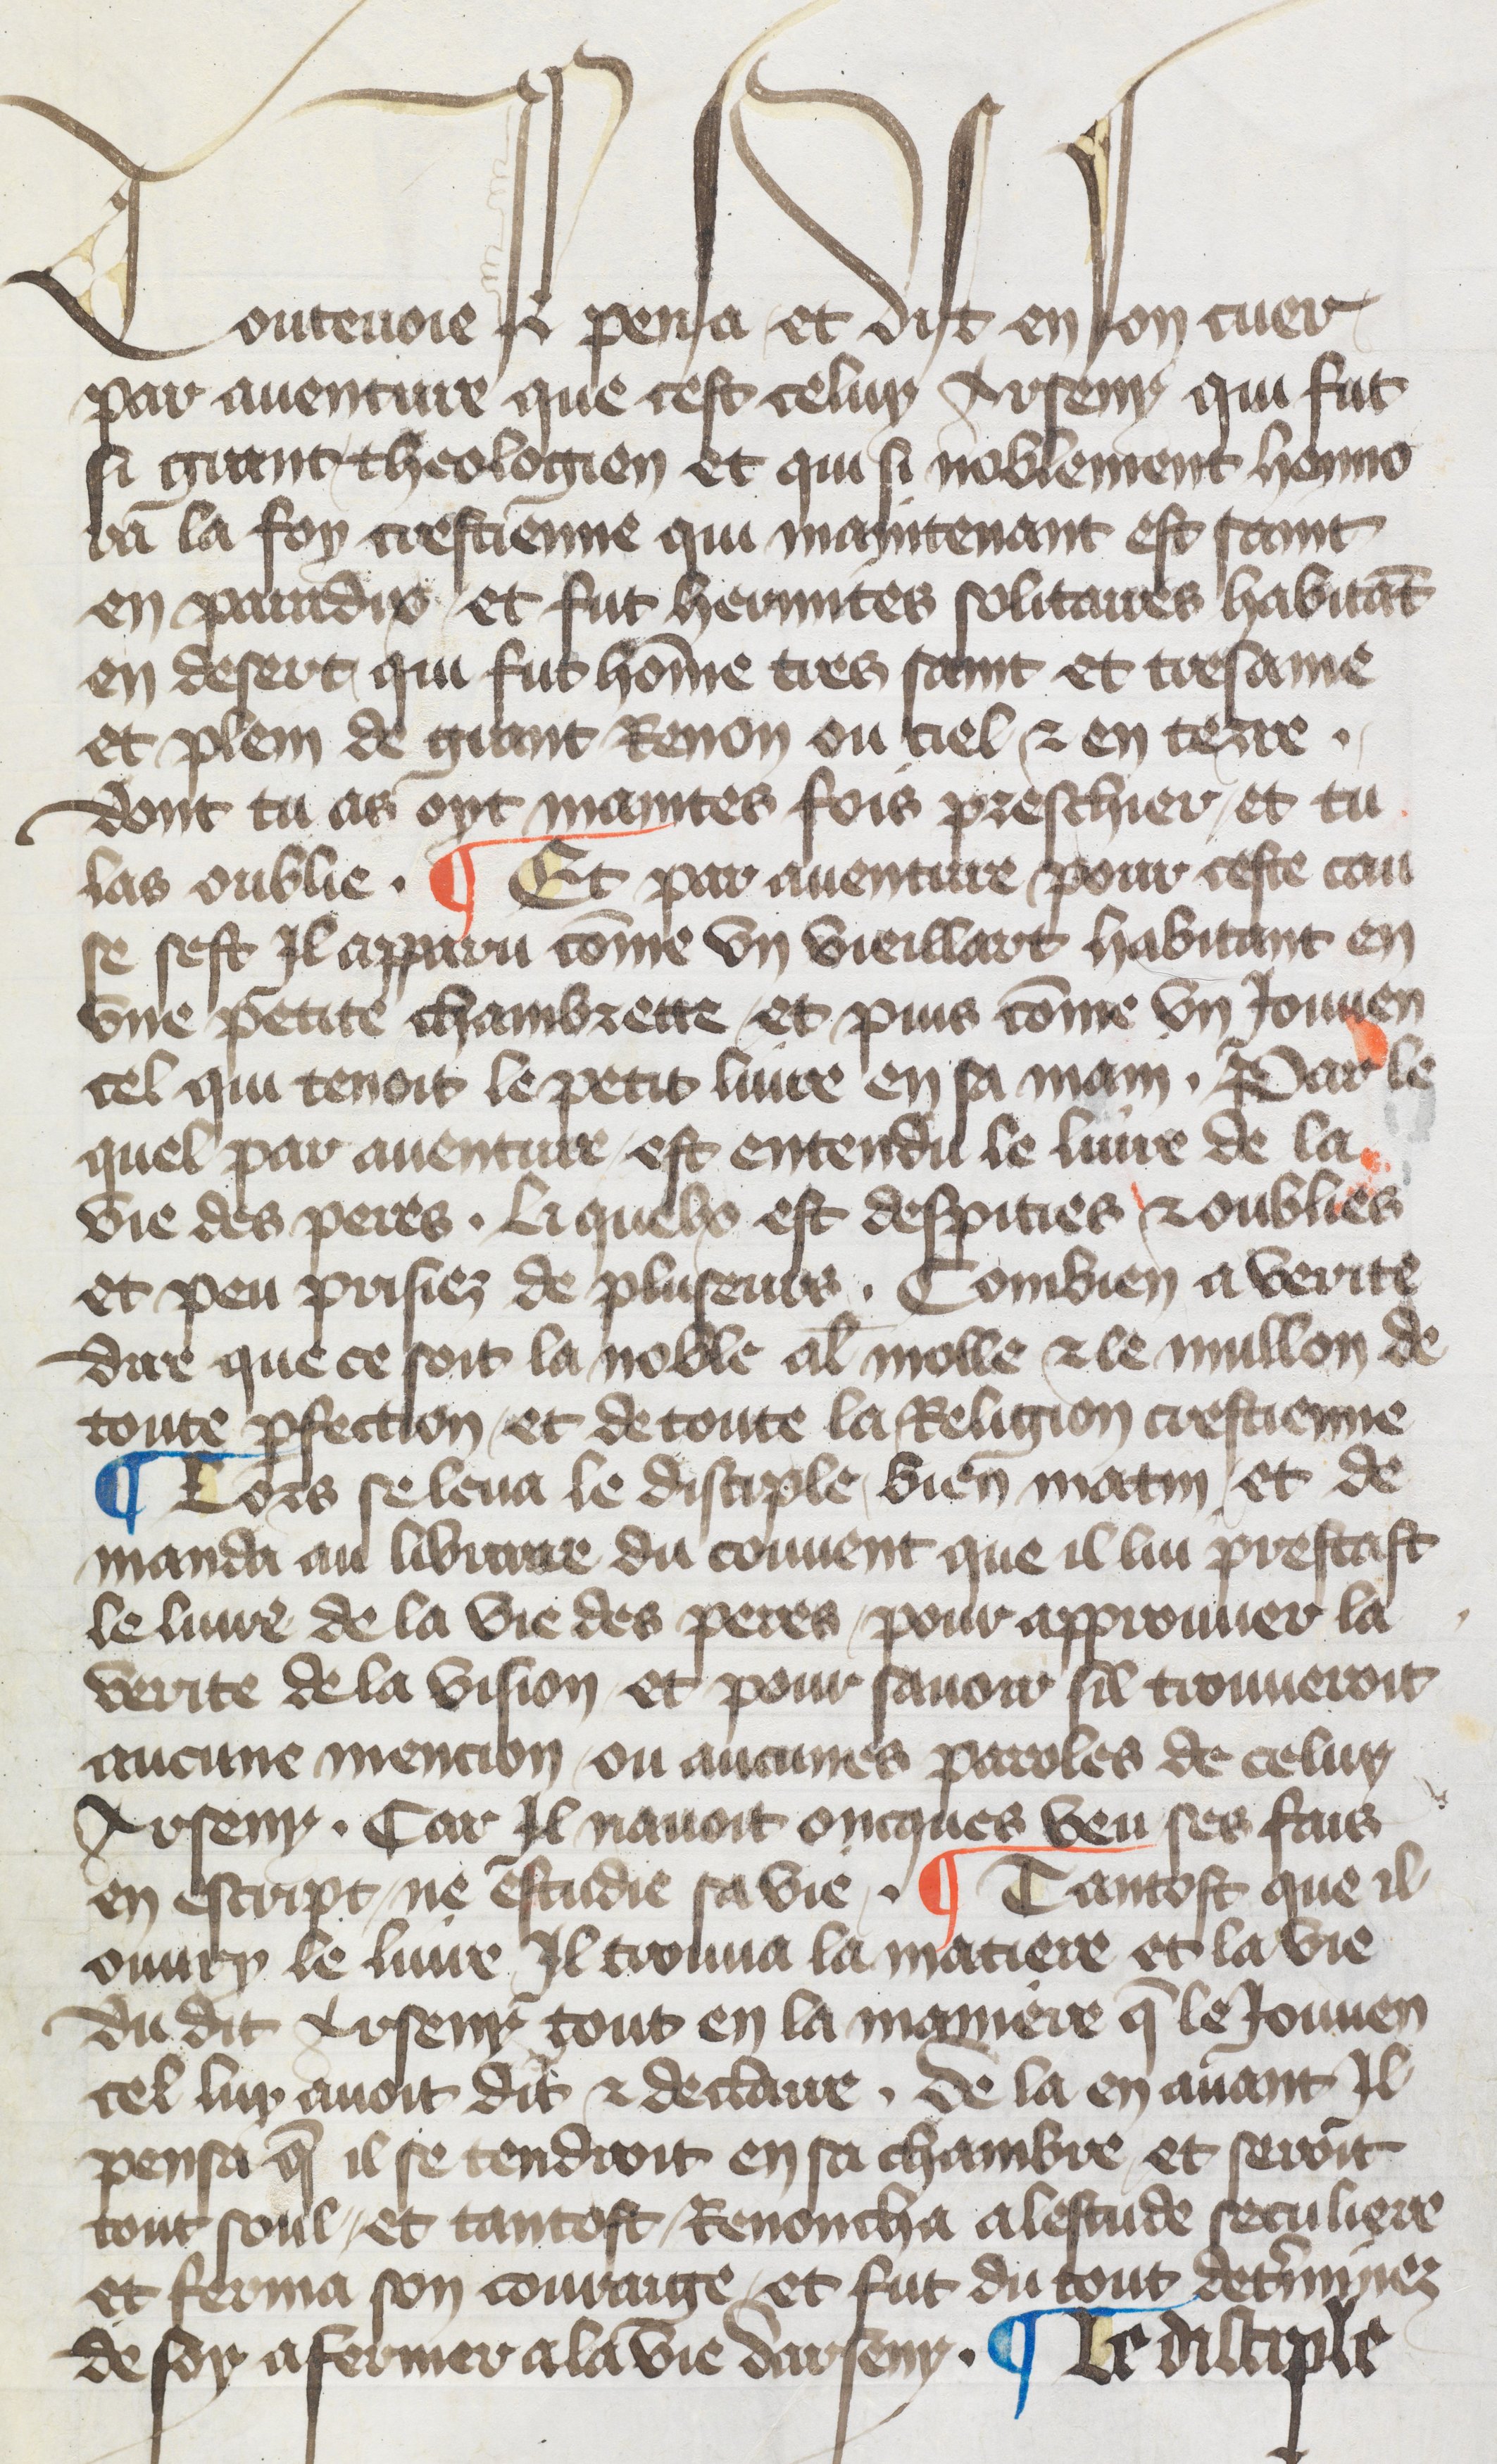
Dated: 1417–1417